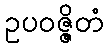
ဥပဝဇ္ဇိတံ